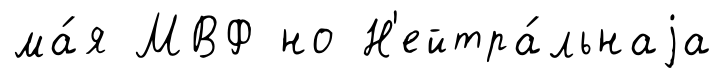
ма́я МВФ но Н'ейтра́льнаjа